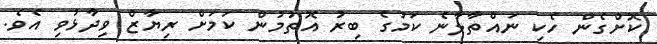
ކޮށްގެން ހެކި ނައްތާލާނެ ކަމުގެ ބިރު އޮތުމުން ކަމަށް ރިޔާޒް ވިދާޅުވި އެވެ.